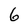
Character: 6